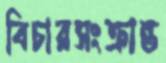
বিচারসংক্রান্ত